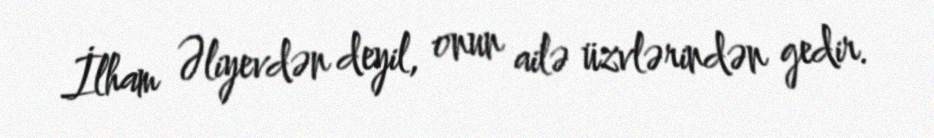
İlham Əliyevdən deyil, onun ailə üzvlərindən gedir.